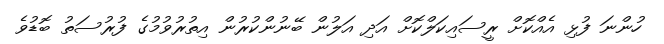
ހުންނަ ފުޅި އެއްކޮށް ރީސައިކަލްކޮށް އަދި އަލުން ބޭނުންކުރުން އިތުރުވުމުގެ ފުރުސަތު ބޮޑުވެ